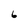
Character: 6